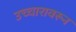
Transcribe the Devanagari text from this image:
उच्चारावरून